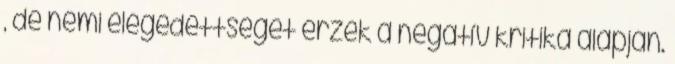
, de némi elégedettséget érzek a negatív kritika alapján.